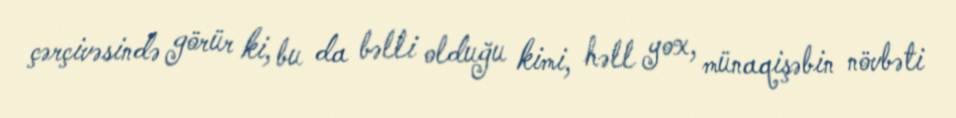
çərçivəsində görür ki, bu da bəlli olduğu kimi, həll yox, münaqişəbin növbəti